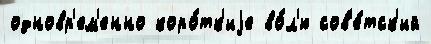
одновр'ем'енно коро́тк'иjе во́л'ю сов'е́тск'ий